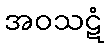
အဝသဋံ